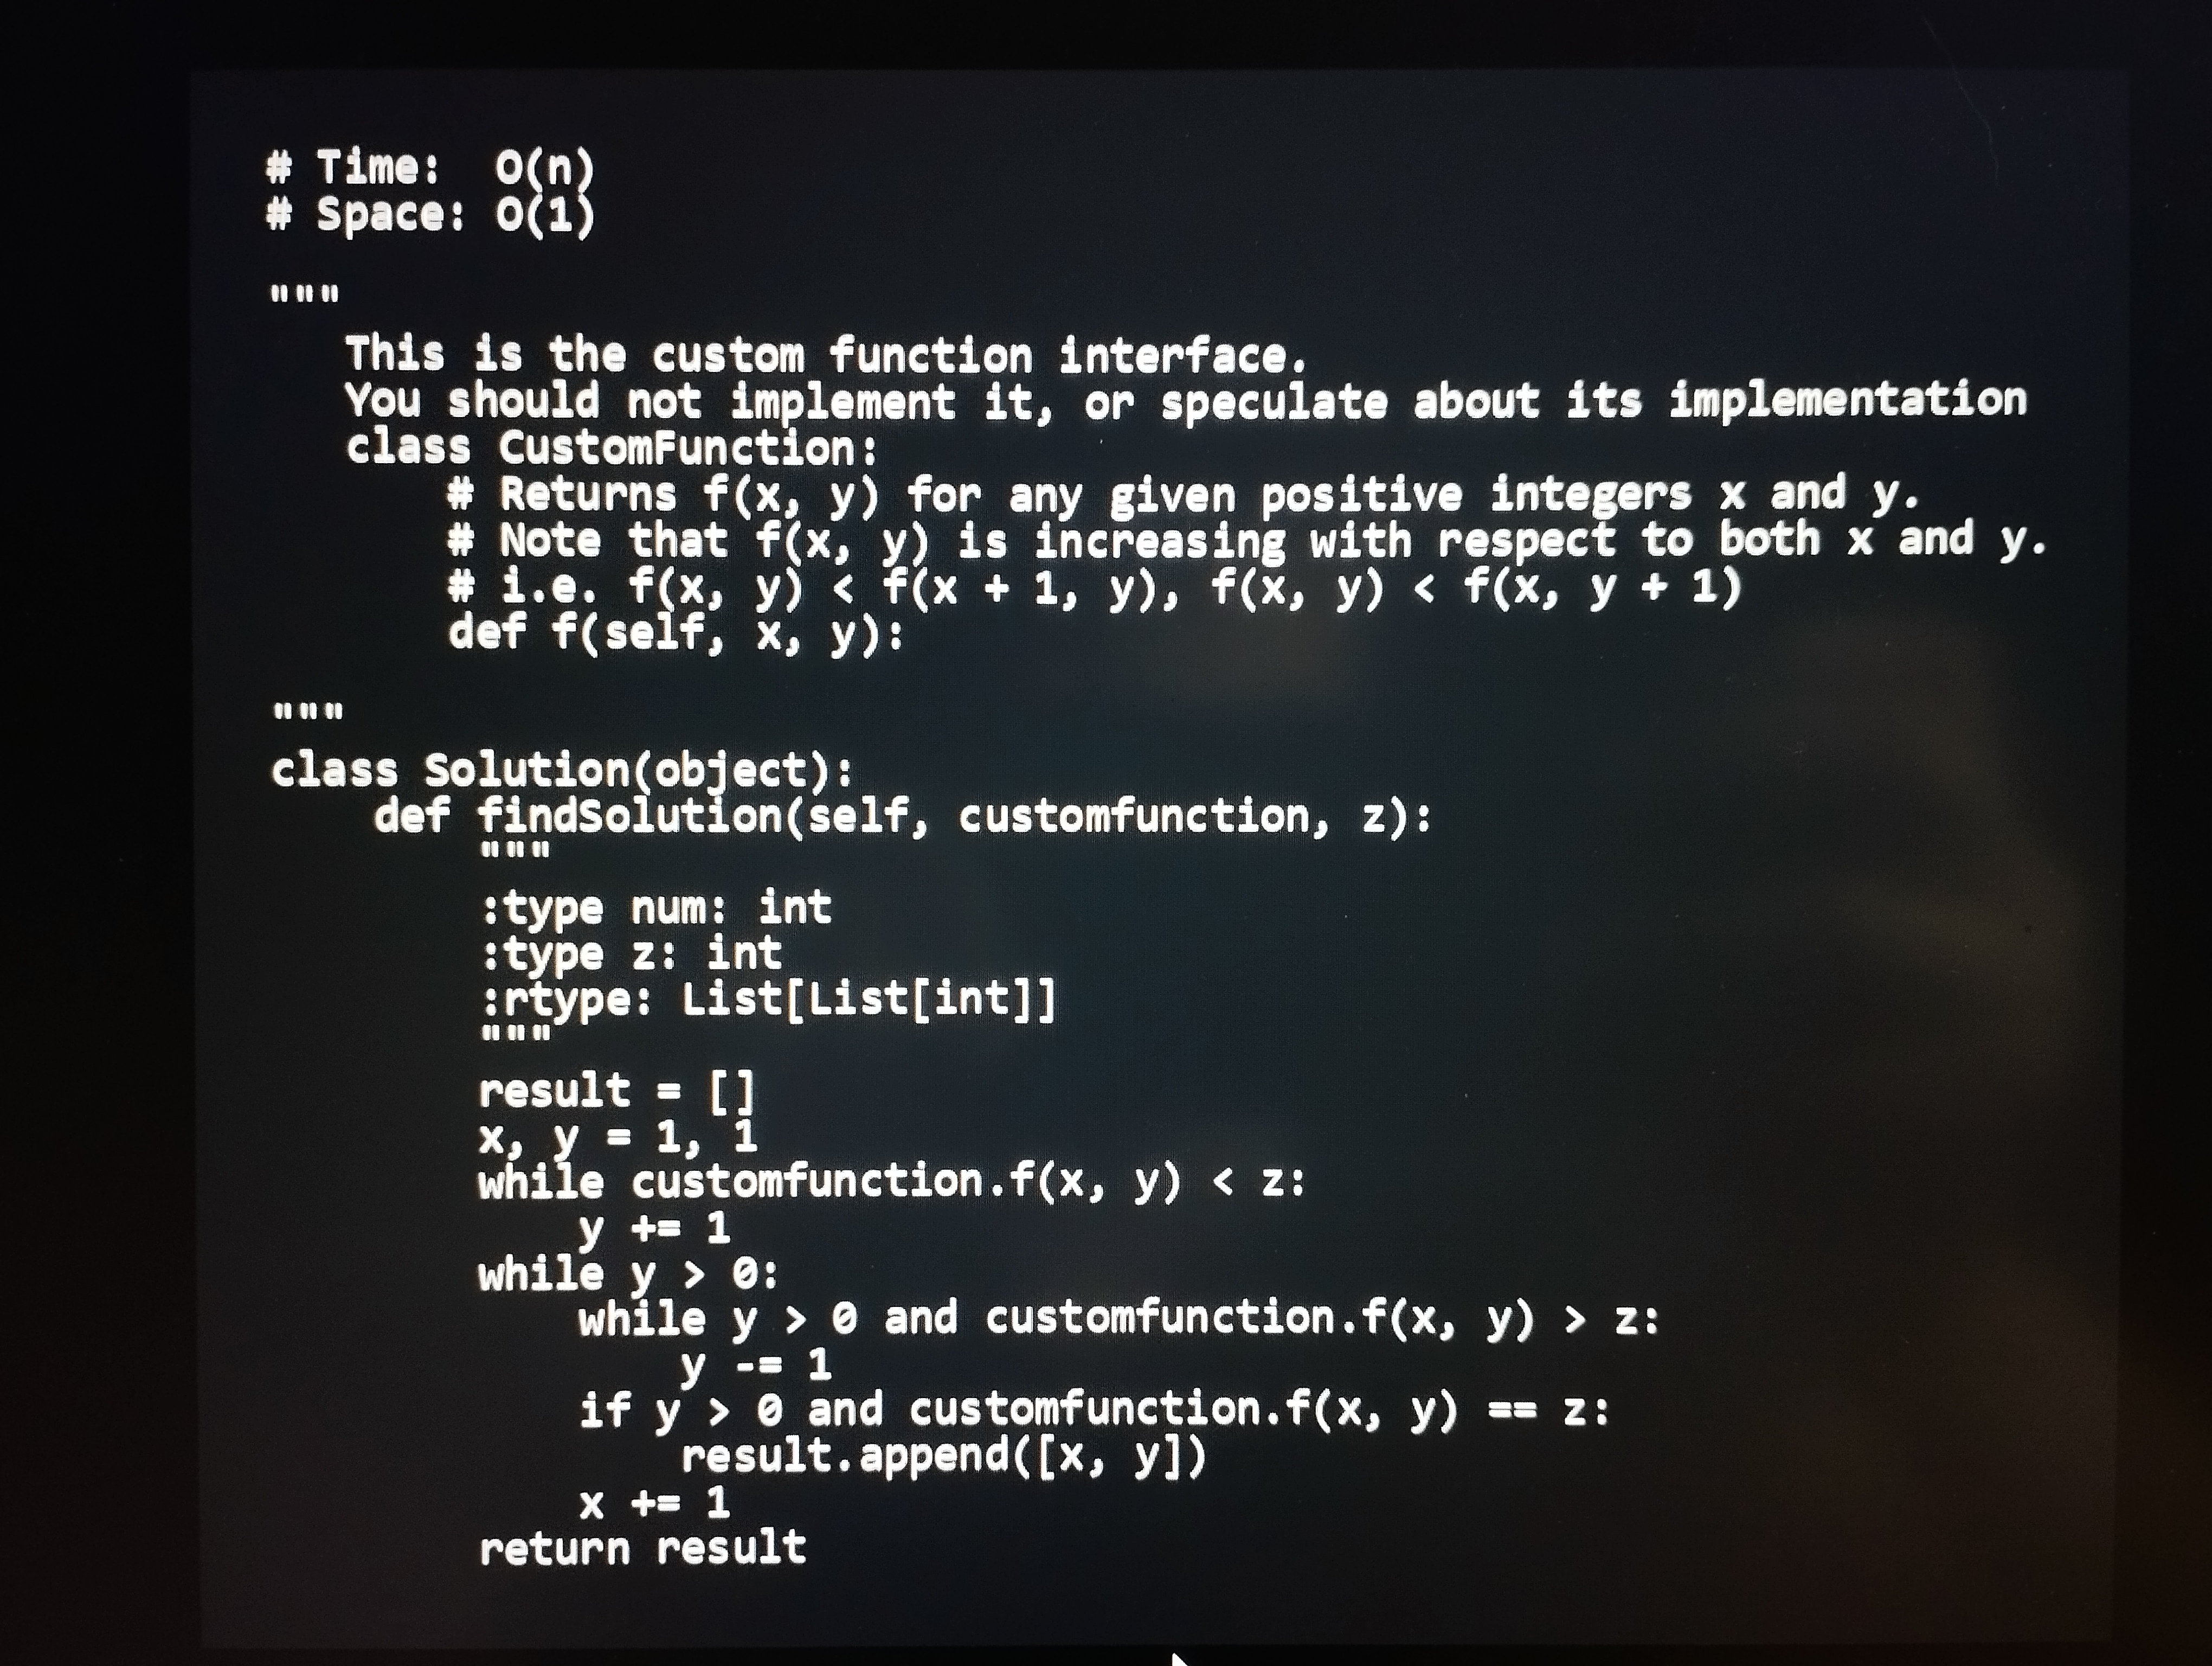
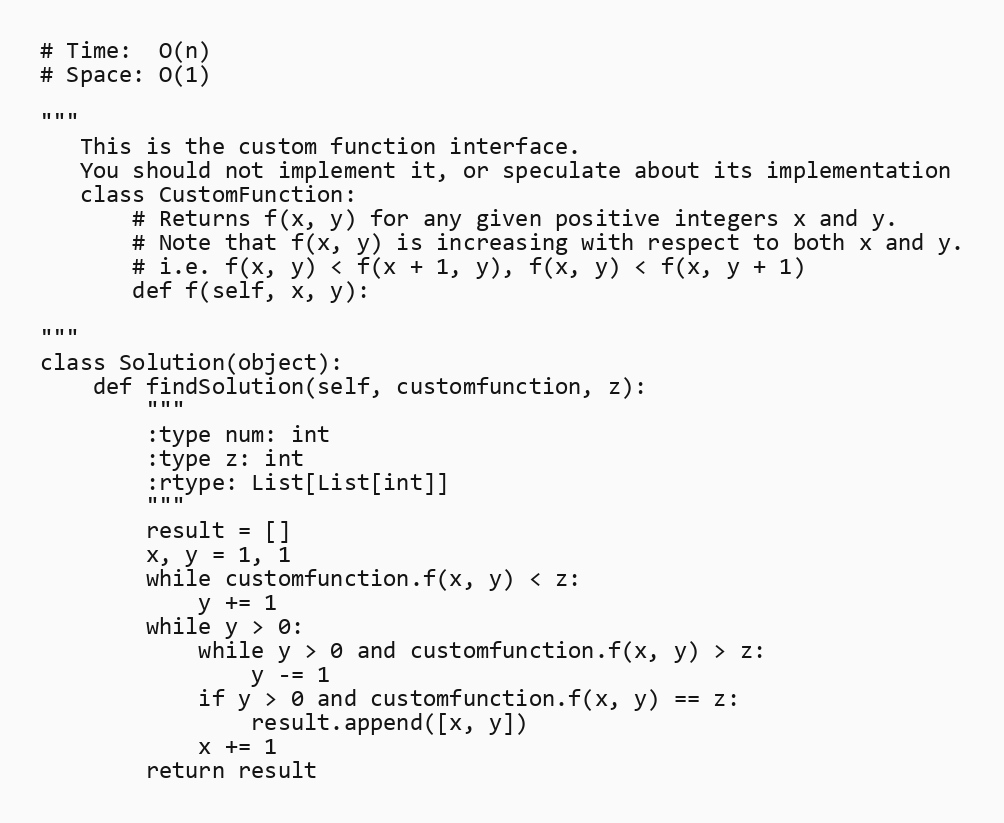
# Time:  O(n)
# Space: O(1)

"""
   This is the custom function interface.
   You should not implement it, or speculate about its implementation
   class CustomFunction:
       # Returns f(x, y) for any given positive integers x and y.
       # Note that f(x, y) is increasing with respect to both x and y.
       # i.e. f(x, y) < f(x + 1, y), f(x, y) < f(x, y + 1)
       def f(self, x, y):

"""
class Solution(object):
    def findSolution(self, customfunction, z):
        """
        :type num: int
        :type z: int
        :rtype: List[List[int]]
        """
        result = []
        x, y = 1, 1
        while customfunction.f(x, y) < z:
            y += 1
        while y > 0:
            while y > 0 and customfunction.f(x, y) > z:
                y -= 1
            if y > 0 and customfunction.f(x, y) == z:
                result.append([x, y])
            x += 1
        return result